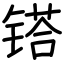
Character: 𨱏